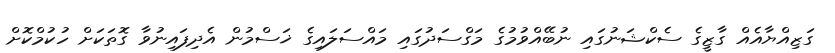
ގަޒިއްޔާއެއް ގާޒީގެ ސެކްޝަނުގައި ނުބޭއްވުމުގެ މަގްސަދުގައި މައްސަލައިގެ ޚަސްމުން އެދިފައިނުވާ ގޮތަކަށް ހުކުމްކޮށް